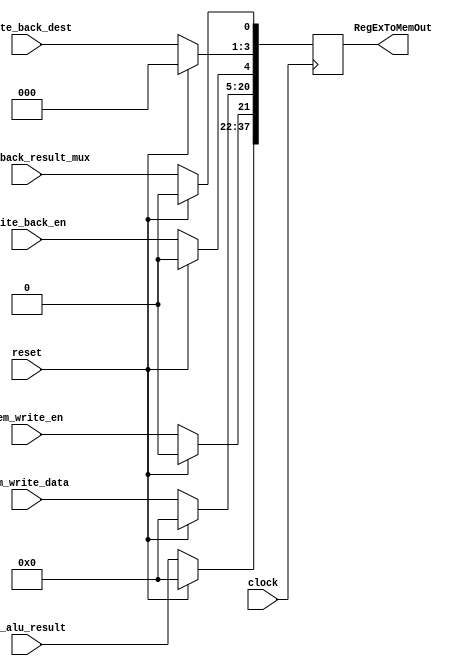
module EX_MEM(
  input clock,
  input reset,
  input [15:0] ex_alu_result,
  input mem_write_en,
  input[15:0] mem_write_data,
  input write_back_en,
  input [2:0] write_back_dest,
  input write_back_result_mux,
  output [37:0] RegExToMemOut
);
  reg [37:0]myRegExToMem;
  always@(posedge clock) begin
    if(reset) begin
      myRegExToMem = 0;
    end
    else begin
      
      myRegExToMem[37:22] = ex_alu_result; 
      myRegExToMem[21:21] = mem_write_en;
      myRegExToMem[20:5] = mem_write_data;
      myRegExToMem[4:4] = write_back_en;
      myRegExToMem[3:1] = write_back_dest;
      myRegExToMem[0:0] = write_back_result_mux;
    end
  end
  
  assign RegExToMemOut = myRegExToMem;
  
  
endmodule